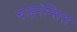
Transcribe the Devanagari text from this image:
चाइनेन्सिस